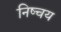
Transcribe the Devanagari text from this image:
निष्चय